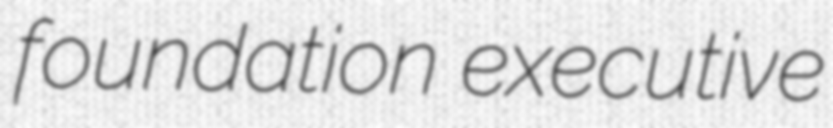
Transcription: foundation executive